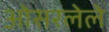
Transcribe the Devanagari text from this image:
ओसरलेले